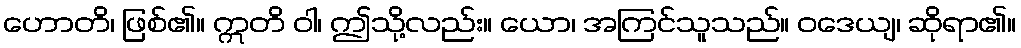
ဟောတိ၊ ဖြစ်၏။ ဣတိ ဝါ၊ ဤသို့လည်း။ ယော၊ အကြင်သူသည်။ ဝဒေယျ၊ ဆိုရာ၏။